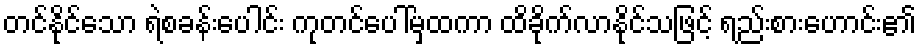
တင်နိုင်သော ရဲစခန်းပေါင်း ကုတင်ပေါ်မှထကာ ထိခိုက်လာနိုင်သဖြင့် ရည်းစားဟောင်း၏